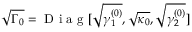
\sqrt { \Gamma _ { 0 } } = \mathrm { ~ D ~ i ~ a ~ g ~ } [ \sqrt { \gamma _ { 1 } ^ { ( 0 ) } } , \sqrt { \kappa _ { 0 } } , \sqrt { \gamma _ { 2 } ^ { ( 0 ) } } ]